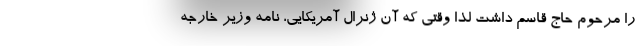
را مرحوم حاج قاسم داشت لذا وقتی که آن ژنرال آمریکایی، نامه وزیر خارجه